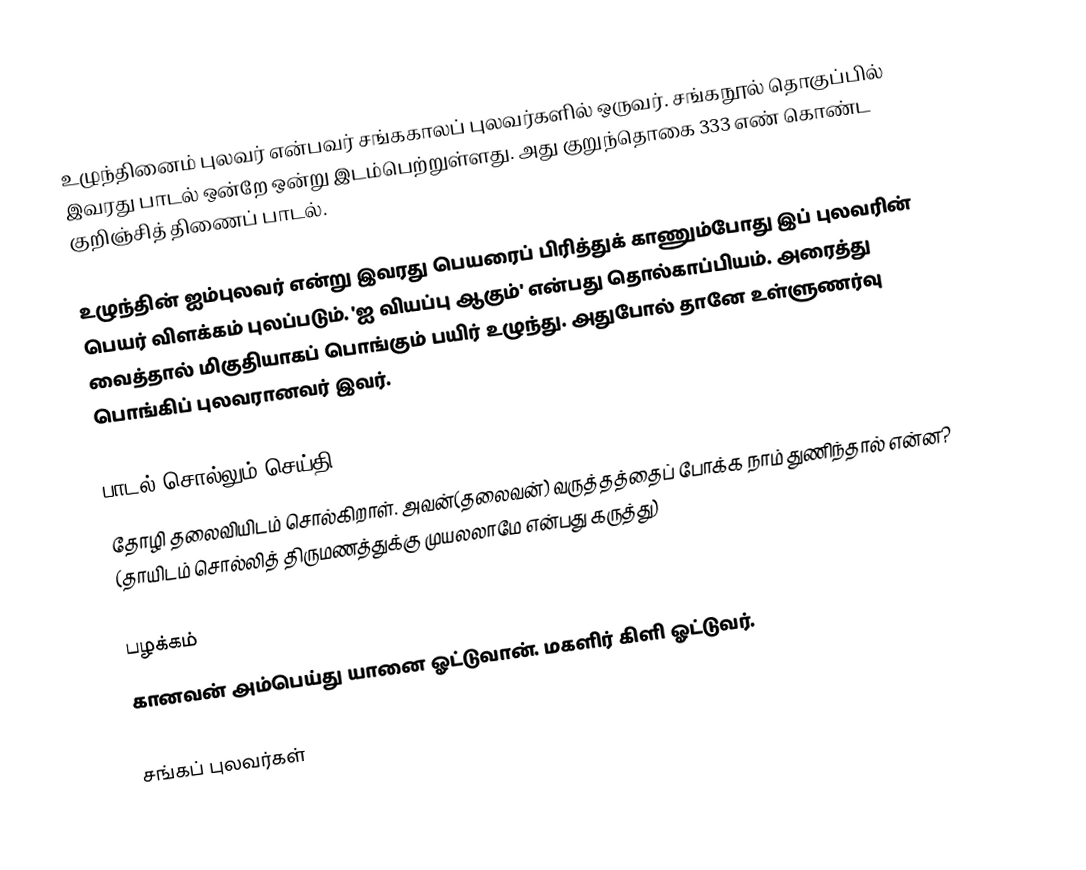
உழுந்தினைம் புலவர் என்பவர் சங்ககாலப் புலவர்களில் ஒருவர். சங்கநூல் தொகுப்பில் இவரது பாடல் ஒன்றே ஒன்று இடம்பெற்றுள்ளது. அது குறுந்தொகை 333 எண் கொண்ட குறிஞ்சித் திணைப் பாடல்.

உழுந்தின் ஐம்புலவர் என்று இவரது பெயரைப் பிரித்துக் காணும்போது இப் புலவரின் பெயர் விளக்கம் புலப்படும். 'ஐ வியப்பு ஆகும்' என்பது தொல்காப்பியம். அரைத்து வைத்தால் மிகுதியாகப் பொங்கும் பயிர் உழுந்து. அதுபோல் தானே உள்ளுணர்வு பொங்கிப் புலவரானவர் இவர்.

பாடல் சொல்லும் செய்தி
தோழி தலைவியிடம் சொல்கிறாள். அவன்(தலைவன்) வருத்தத்தைப் போக்க நாம் துணிந்தால் என்ன? (தாயிடம் சொல்லித் திருமணத்துக்கு முயலலாமே என்பது கருத்து)

பழக்கம்
கானவன் அம்பெய்து யானை ஓட்டுவான். மகளிர் கிளி ஓட்டுவர்.

சங்கப் புலவர்கள்